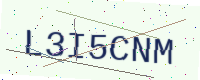
Text: L3I5CNM